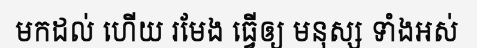
មកដល់ ហើយ រមែង ធ្វើឲ្យ មនុស្ស ទាំងអស់